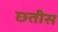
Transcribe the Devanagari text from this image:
छ्तीस